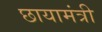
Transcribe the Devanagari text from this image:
छायामंत्री